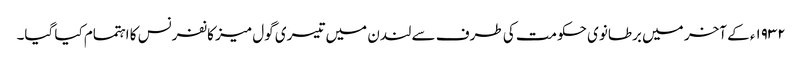
١٩٣٢ء کے آخر میں برطانوی حکومت کی طرف سے لندن میں تیسری گول میز کانفرنس کا اہتمام کیا گیا۔